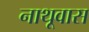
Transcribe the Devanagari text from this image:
नाथूवास